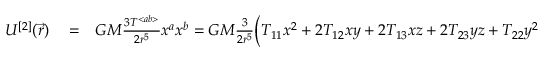
\begin{array} { r l r } { U ^ { [ 2 ] } ( \vec { r } ) } & { { } = } & { G M \frac { 3 { \cal T } ^ { < a b > } } { 2 r ^ { 5 } } x ^ { a } x ^ { b } = G M \frac { 3 } { 2 r ^ { 5 } } \Big ( { \cal T } _ { 1 1 } x ^ { 2 } + 2 { \cal T } _ { 1 2 } x y + 2 { \cal T } _ { 1 3 } x z + 2 { \cal T } _ { 2 3 } y z + { \cal T } _ { 2 2 } y ^ { 2 } + { \cal T } _ { 3 3 } z ^ { 2 } \Big ) . ~ ~ ~ } \end{array}